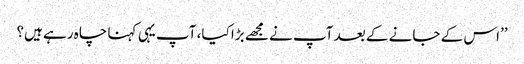
’’اس کے جانے کے بعد آپ نے مجھے بڑا کیا، آپ یہی کہنا چاہ رہے ہیں؟